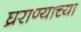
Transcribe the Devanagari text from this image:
घ्रराण्याच्या